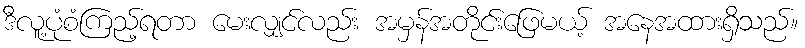
ဒီလူ့ပုံစံကြည့်ရတာ မေးလျှင်လည်း အမှန်အတိုင်းဖြေမယ့် အနေအထားရှိသည်။